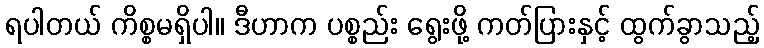
ရပါတယ် ကိစ္စမရှိပါ။ ဒီဟာက ပစ္စည်း ရွေးဖို့ ကတ်ပြားနှင့် ထွက်ခွာသည့်